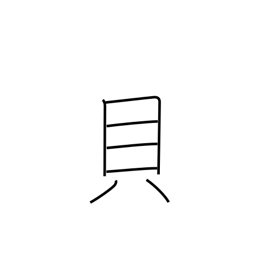
Meaning: shellfish